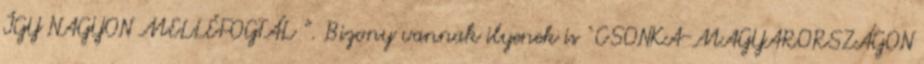
ÍGY NAGYON MELLÉFOGTÁL ”. Bizony vannak ilyenek is ‘CSONKA-MAGYARORSZÁGON